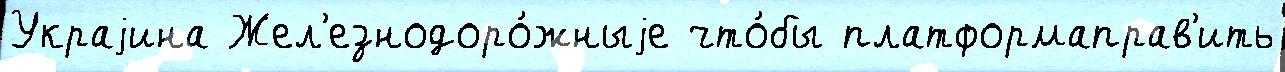
Украjина Жел'езнодоро́жныjе что́бы платформаправ'ить